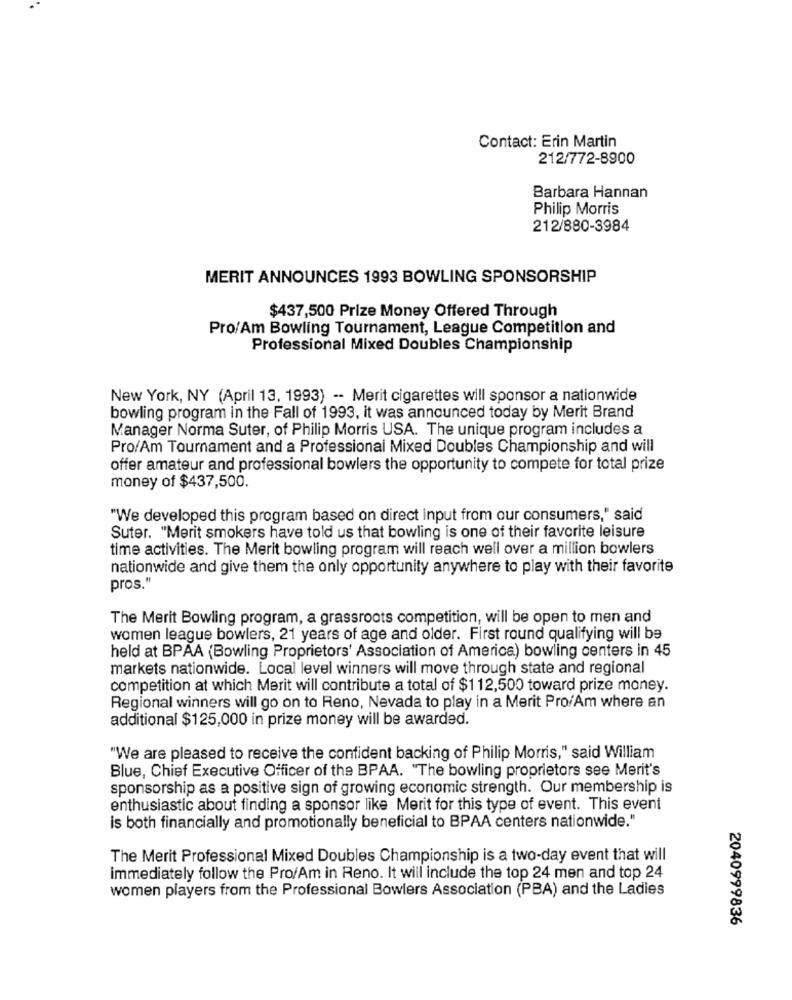
Contact: Erin Martin
212/772-8900
Barbara Hannan
Philip Morris
212/880-3984
MERIT ANNOUNCES 1993 BOWLING SPONSORSHIP
$437,500 Prize Money Offered Through
Pro/Am Bowling Tournament, League Competition and
Professional Mixed Doubles Championship
New York, NY (April 13, 1993) -- Merit cigarettes will sponsor a nationwide
bowling program in the Fall of 1993, it was announced today by Merit Brand
Manager Norma Suter, of Philip Morris USA. The unique program includes a
Pro/Am Tournament and a Professional Mixed Doubles Championship and will
offer amateur and professional bowlers the opportunity to compete for total prize
money of $437,500.
"We developed this program based on direct input from our consumers," said
Suter. "Merit smokers have told us that bowling is one of their favorite leisure
time activities. The Merit bowling program will reach well over a million bowlers
nationwide and give them the only opportunity anywhere to play with their favorite
pros."
The Merit Bowling program, a grassroots competition, will be open to men and
women league bowlers, 21 years of age and older. First round qualifying will be
held at BPAA (Bowling Proprietors' Association of America) bowling centers in 45
markets nationwide. Local level winners will move through state and regional
competition at which Merit will contribute a total of $112,500 toward prize money.
Regional winners will go on to Reno, Nevada to play in a Merit Pro/Am where an
additional $125,000 in prize money will be awarded.
"We are pleased to receive the confident backing of Philip Morris," said William
Blue, Chief Executive Officer of the BPAA. "The bowling proprietors see Merit's
sponsorship as a positive sign of growing economic strength. Our membership is
enthusiastic about finding a sponsor like Merit for this type of event. This event
is both financially and promotionally beneficial to BPAA centers nationwide."
The Merit Professional Mixed Doubles Championship is a two-day event that will
immediately follow the Pro/Am in Reno. It will include the top 24 men and top 24
women players from the Professional Bowlers Association (PBA) and the Ladies
2040999836